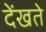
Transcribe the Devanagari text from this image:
देंखते